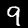
Digit: 9